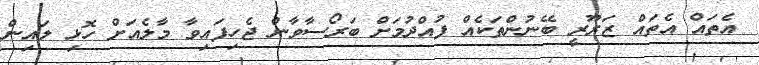
އެތައް އެތައް ޒަރޫރީ ބޭނުންތަކެއް ފުއްދުމަށް ބަރޯސާވާން ޖެހިފައިވާ މާލެއަށް ހޮޅި ލައިން